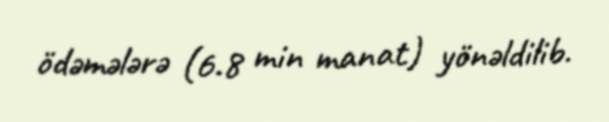
ödəmələrə (6.8 min manat) yönəldilib.